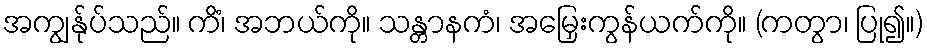
အကျွန်ုပ်သည်။ ကိံ၊ အဘယ်ကို။ သန္တာနကံ၊ အမြှေးကွန်ယက်ကို။ (ကတွာ၊ ပြု၍။)